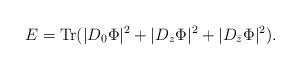
LaTeX: \begin{align*}E=\mbox{Tr}(|D_0 \Phi|^2+|D_z \Phi|^2+|D_{\bar{z}} \Phi|^2).\end{align*}